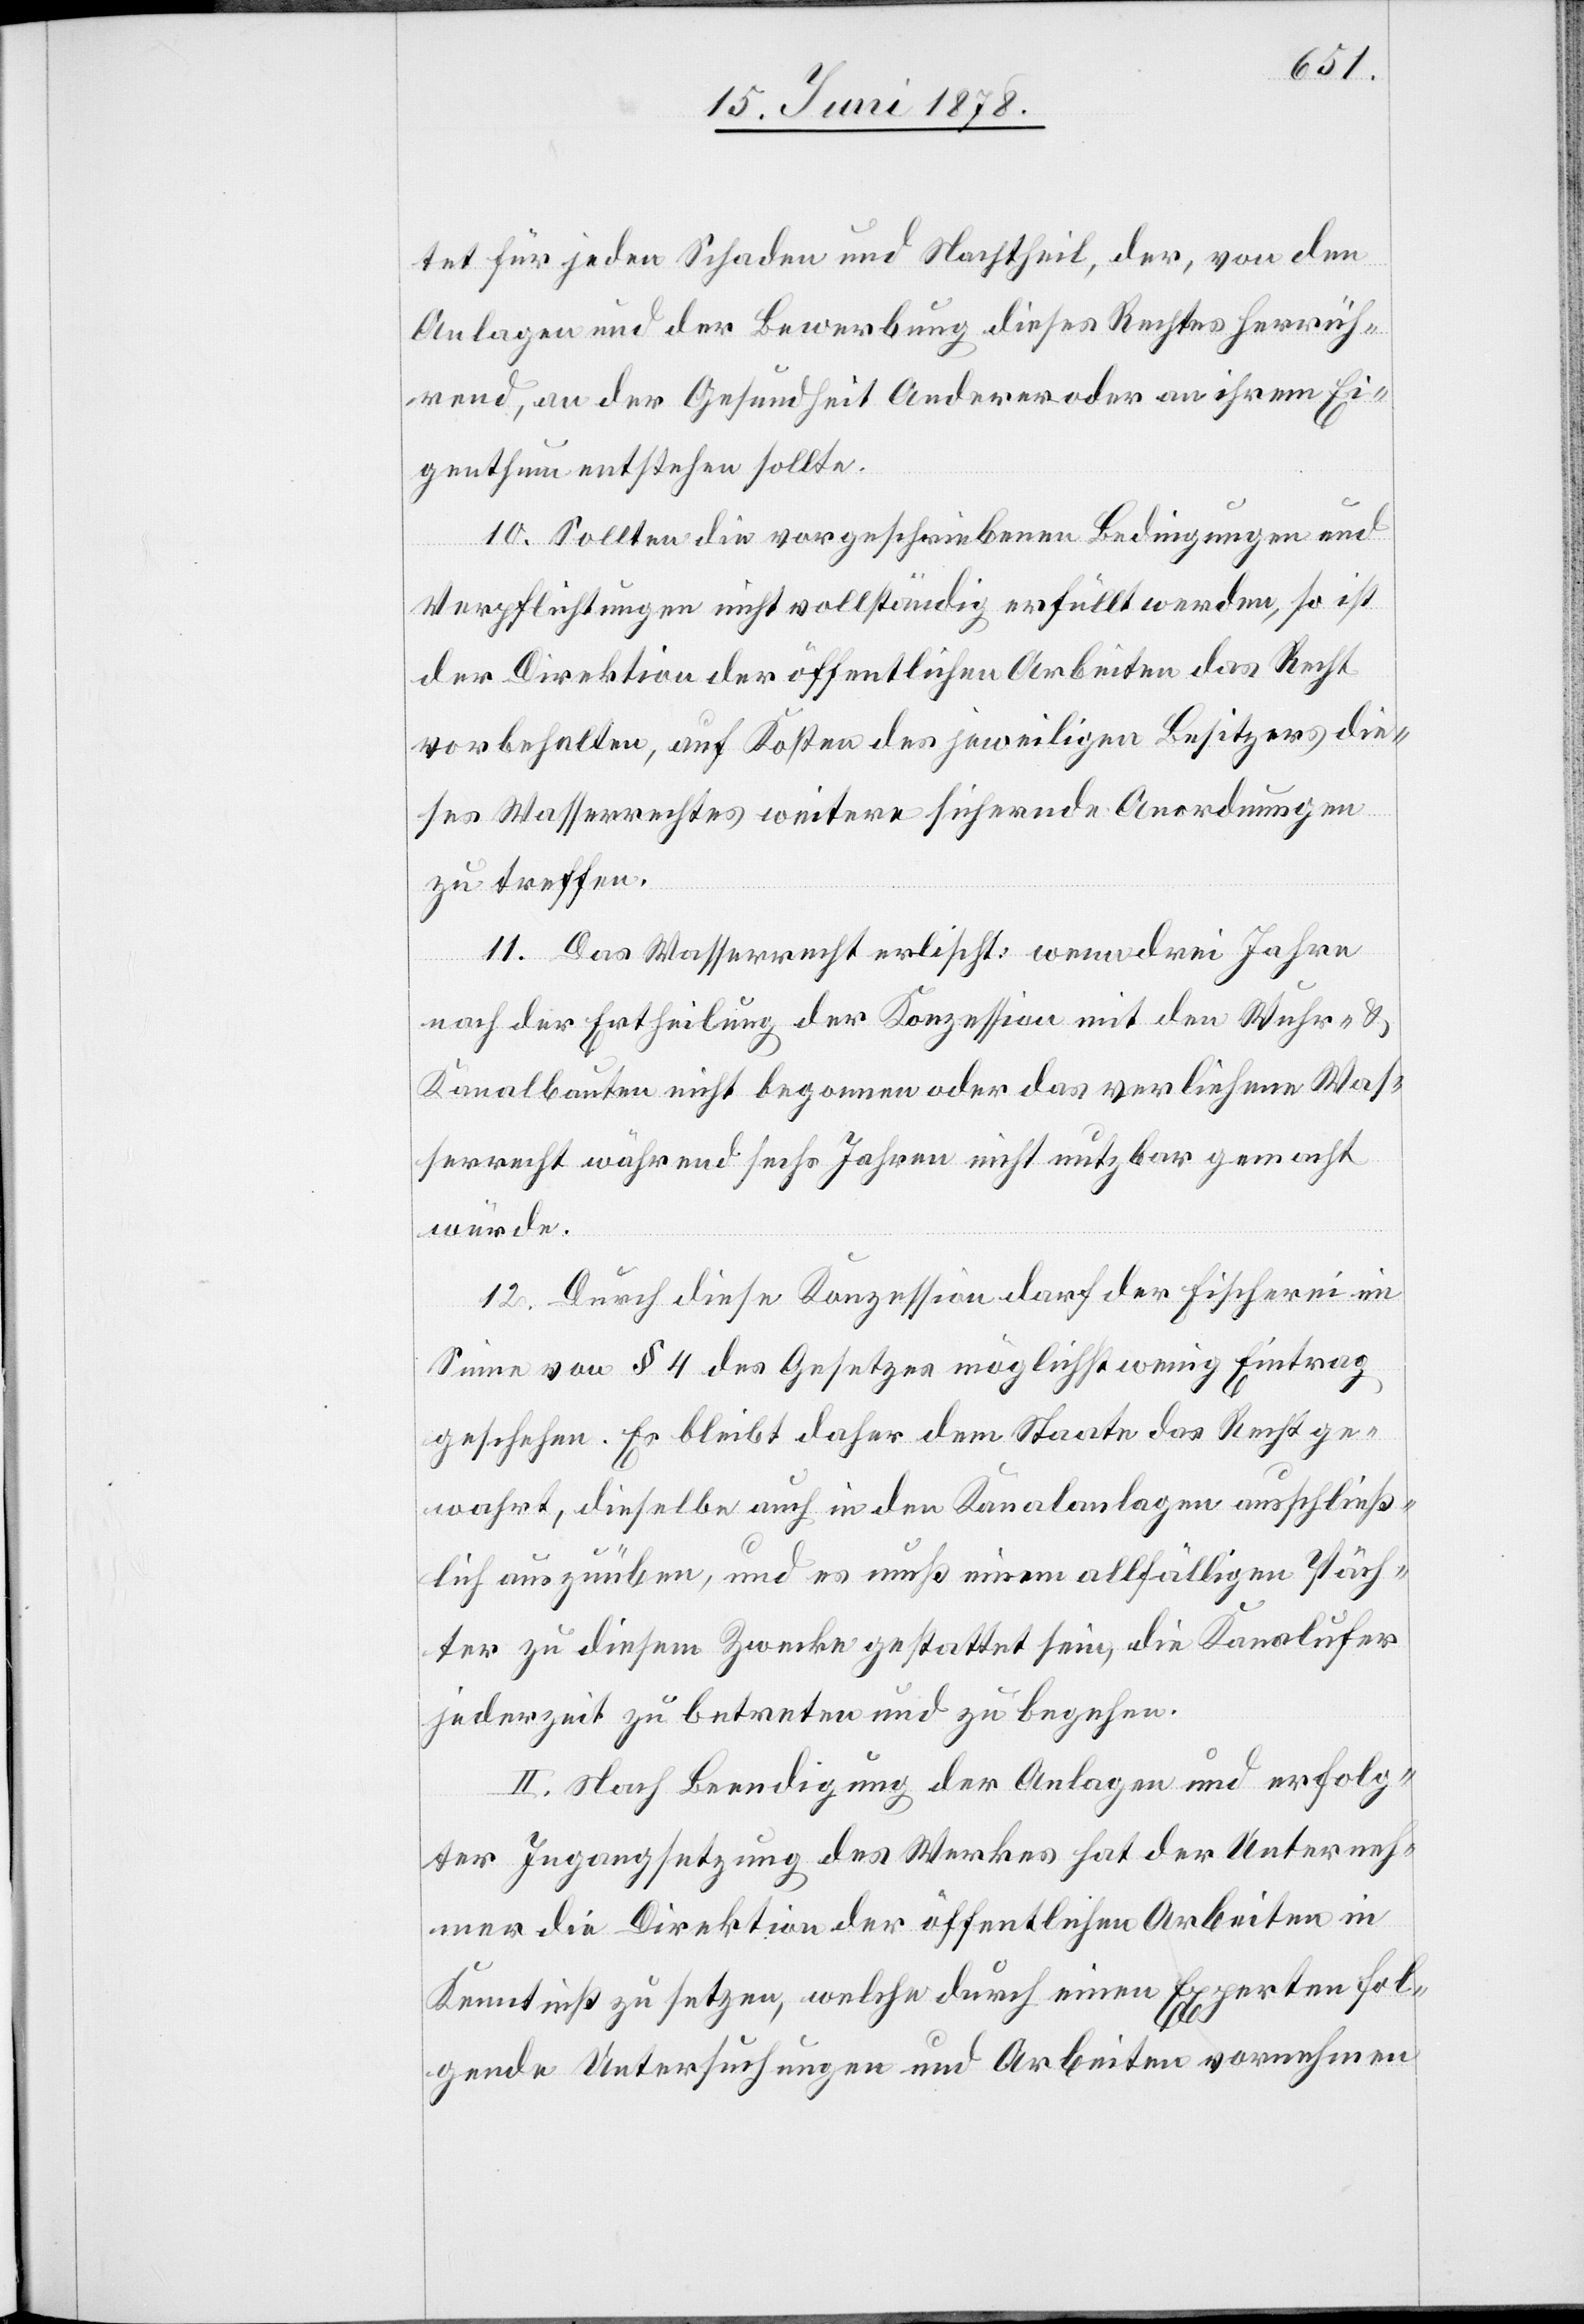
tet für jeden Schaden und Nachtheil, der, von den
Anlagen und der Bewerbung dieses Rechtes herrüh¬
rend, an der Gesundheit Anderer oder an ihrem Ei¬
genthum entstehen sollte.
10. Sollten die vorgeschriebenen Bedingungen und
Verpflichtungen nicht vollständig erfüllt werden, so ist
der Direktion der öffentlichen Arbeiten das Recht
vorbehalten, auf Kosten des jeweiligen Besitzers die¬
ses Wasserrechtes weitere sichernde Anordnungen
zu treffen.
11. Das Wasserrecht erlischt: wenn drei Jahre
nach der Ertheilung der Konzession mit den Wuhr- &
Kanalbauten nicht begonnen oder das verliehene Was¬
serrecht während sechs Jahren nicht nutzbar gemacht
würde.
12. Durch diese Konzession darf der Fischerei im
Sinne von § 4 des Gesetzes möglichst wenig Eintrag
geschehen. Es bleibt daher dem Staate das Recht ge¬
wahrt, dieselbe auch in den Kanalanlagen ausschließ¬
lich auszuüben, und es muß einem allfälligen Päch¬
ter zu diesem Zwecke gestattet sein, die Kanalufer
jederzeit zu betreten und zu begehen.
II. Nach Beendigung der Anlagen und erfolg¬
ter Ingangsetzung des Werkes hat der Unterneh¬
mer die Direktion der öffentlichen Arbeiten in
Kenntniß zu setzen, welche durch einen Experten fol¬
gende Untersuchungen und Arbeiten vornehmen